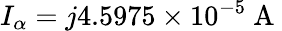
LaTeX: I_{\alpha}=j4.5975\times 10^{-5}\mathrm{~A~}